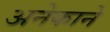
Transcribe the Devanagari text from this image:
अनेकाने